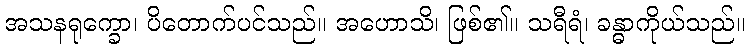
အသနရုက္ခော၊ ပိတောက်ပင်သည်။ အဟောသိ၊ ဖြစ်၏။ သရီရံ၊ ခန္ဓာကိုယ်သည်။